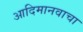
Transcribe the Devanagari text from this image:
आदिमानवाचा